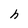
Character: h